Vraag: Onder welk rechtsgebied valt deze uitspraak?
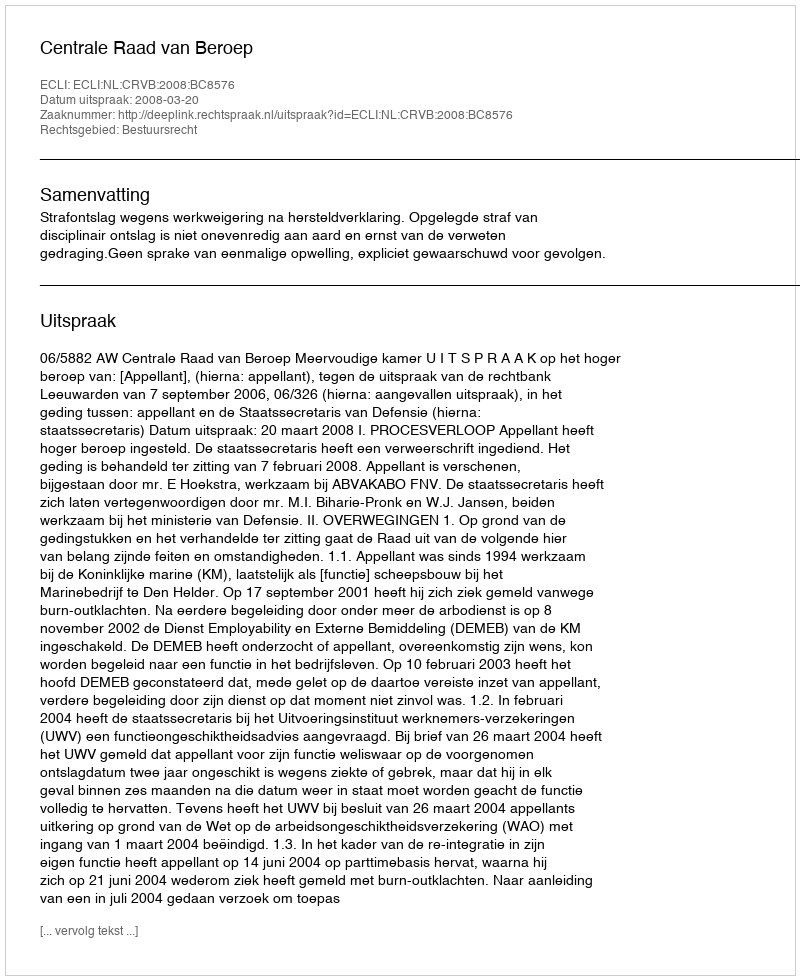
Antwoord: Bestuursrecht